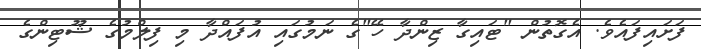
ފަށައިފައެވެ. އެގޮތުން "ޓައިގާ ޒިންދާ ހޭ"ގެ ނަމުގައި އުފައްދާ މި ފިލްމުގެ ޝޫޓިންގެ